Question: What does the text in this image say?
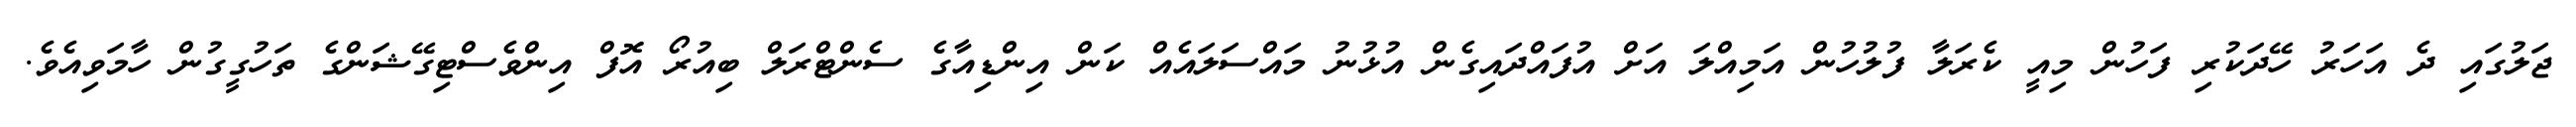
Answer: ޖަލުގައި ދެ އަހަރު ހޭދަކުރި ފަހުން މިއީ ކެރަލާ ފުލުހުން އަމިއްލަ އަށް އުފައްދައިގެން އުޅުނު މައްސަލައެއް ކަން އިންޑިއާގެ ސެންޓްރަލް ބިއުރޯ އޮފް އިންވެސްޓިގޭޝަންގެ ތަހުގީގުން ހާމަވިއެވެ.